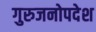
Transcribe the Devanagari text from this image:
गुरुजनोपदेश